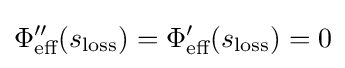
\Phi ''_{\text{eff}}(s_{\text{loss}})=\Phi '_{\text{eff}}(s_{\text{loss}})=0